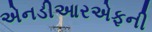
એનડીઆરએફની